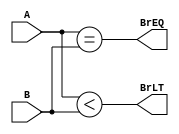
module branch_comparator (
    input signed [31:0] A, B,
    output BrEQ, BrLT
);
    
assign BrEQ = (A == B);
assign BrLT = (A < B);
endmodule